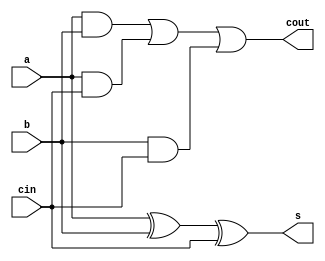
/*
   This file was generated automatically by Alchitry Labs version 1.2.1.
   Do not edit this file directly. Instead edit the original Lucid source.
   This is a temporary file and any changes made to it will be destroyed.
*/

module full_adder_15 (
    input a,
    input b,
    input cin,
    output reg s,
    output reg cout
  );
  
  
  
  always @* begin
    s = a ^ b ^ cin;
    cout = (a & b) | (a & cin) | (b & cin);
  end
endmodule